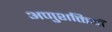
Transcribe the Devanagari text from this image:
अणुशक्तियाँ